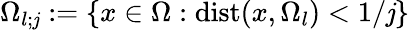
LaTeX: \Omega_{l;\mathit{j}}:=\{ x\in\Omega:\mathrm{{dist}}(x,\Omega_{l})<1/\mathit{j}\}